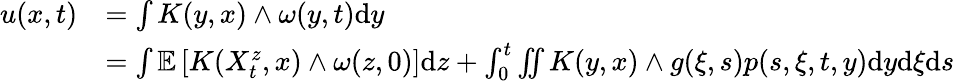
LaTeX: \begin{array}{rl}{u(x,t)}&{=\int K(y,x)\wedge\omega(y,t)\mathrm{d}y}\\ &{=\int\mathbb{E}\left[K(X_{t}^{z},x)\wedge\omega(z,0)\right]\mathrm{d}z+\int_{0}^{t}\iint K(y,x)\wedge g(\xi,s)p(s,\xi,t,y)\mathrm{d}y\mathrm{d}\xi\mathrm{d}s}\end{array}